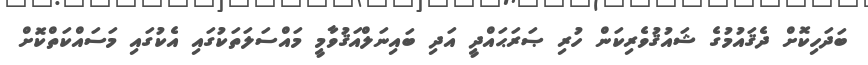
ބަދަހިކޮށް ދެޤައުމުގެ ޝައުޤުވެރިކަން ހުރި ޞަރަޙައްދީ އަދި ބައިނަލްއަޤުވާމީ މައްސަލަތަކުގައި އެކުގައި މަސައްކަތްކޮށް